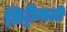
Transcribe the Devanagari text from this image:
मिट्टीवाली